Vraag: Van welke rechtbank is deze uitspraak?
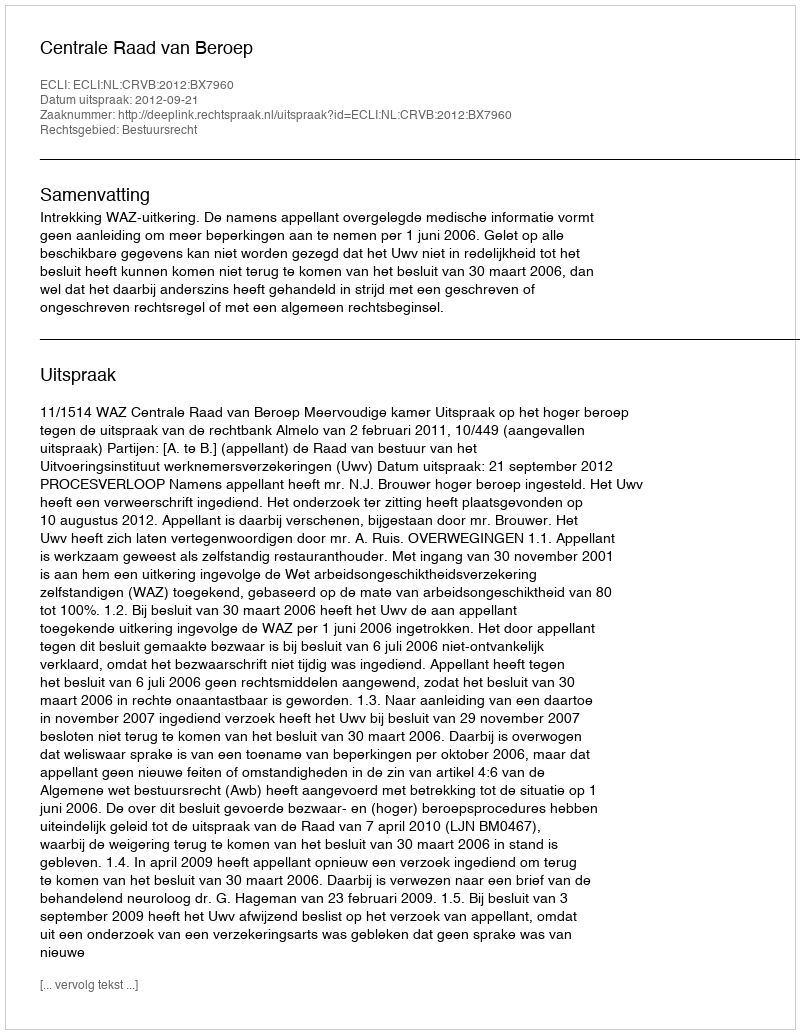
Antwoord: Centrale Raad van Beroep